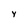
Character: y